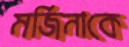
মর্জিনাকে